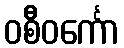
ဝစီဝင်္ကော